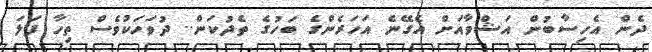
ދެން އެހިސާބުން އަޝްވާއަށް އެގޭނެ އަހަރެންގެ ބަހުގެ ތެދުކަން.. ދުވަހަކުވެސް ތިހާ ފަލަ